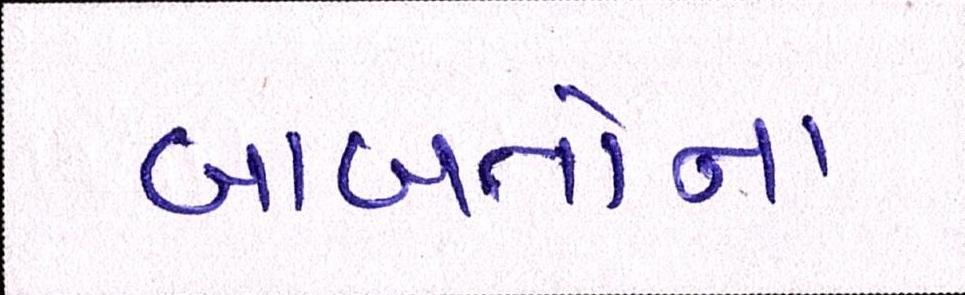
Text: બાબતોના